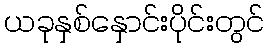
ယခုနှစ်နှောင်းပိုင်းတွင်